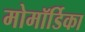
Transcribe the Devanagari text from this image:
मोमॉर्डिका